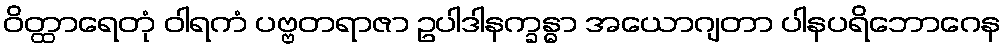
ဝိတ္ထာရေတုံ ဝါရကံ ပဗ္ဗတရာဇာ ဥပါဒါနက္ခန္ဓာ အယောဂျတာ ပါနပရိဘောဂေန